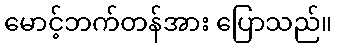
မောင့်ဘက်တန်အား ပြောသည်။